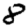
Digit: 8